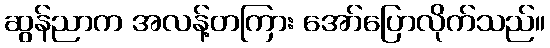
ဆွန်ညာက အလန့်တကြား အော်ပြောလိုက်သည်။